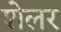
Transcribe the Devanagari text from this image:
शेलर